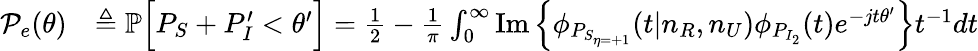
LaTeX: \begin{array}{rl}{\mathcal{P}_{e}(\theta)}&{\triangleq\mathbb{P}\Big[P_{S}+P_{I}^{\prime}<\theta^{\prime}\Big]=\frac{1}{2}-\frac{1}{\pi}\int_{0}^{\infty}\operatorname{Im}\Big\{ \phi_{P_{S_{\eta=+1}}}(t|n_{R},n_{U})\phi_{P_{I_{2}}}(t)e^{-jt\theta^{\prime}}\Big\} t^{-1}dt}\end{array}